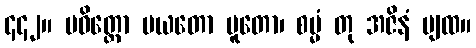
၄၄၂။ ပဝိတ္တော ပယတော ပူတော၊ စမ္မံ တု အဇိနံ ပျထ။